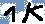
Text: 1KΩ